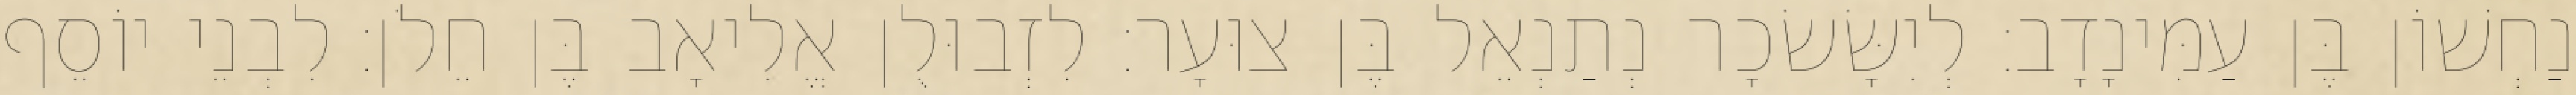
נַחְשׁוֹן בֶּן עַמִּינָדָב׃ לְיִשָּׂשׂכָר נְתַנְאֵל בֶּן צוּעָר׃ לִזְבוּלֻן אֱלִיאָב בֶּן חֵלֹן׃ לִבְנֵי יוֹסֵף